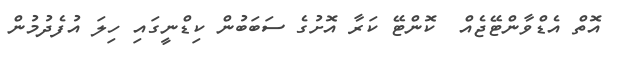
އޮތް އެޑްވާންޓޭޖެއް  ކޮންޓޭ ކަރާ އޮށުގެ ސަބަބުން ކިޑްނީގައި ހިލަ އުފެދުމުން